Medical and sanitary report of the native army of Bengal for the year
Year: 1876
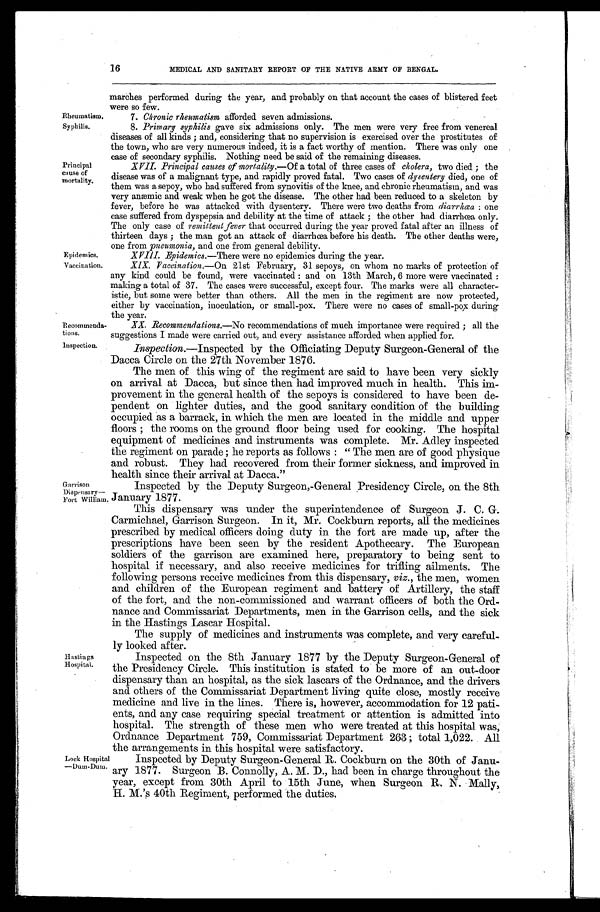
Rheumatism.
Syphilis.
Principal
cause of
mortality.
Epidemics.
Vaccination.
Recommenda-
tions.
16
MEDICAL AND SANITARY REPORT OF THE NATIVE ARMY OF BENGAL.
marches performed during the year, and probably on that account the cases of blistered feet
were so few.
7. Chronic rheumatism afforded seven admissions.
8.
Primary syphilis gave six admissions only. The men were very free from venereal
diseases of all kinds ; and, considering that no supervision is exercised over the prostitutes of
the town, who are very numerous indeed, it is a fact worthy of mention. There was only one
case of secondary syphilis. Nothing need be said of the remaining diseases.
XVII. Principal causes of mortality. —Of a total of three cases of cholera, two died ; the
disease was of a malignant type, and rapidly proved fatal. Two cases of dysentery died, one of
them was a sepoy, who had suffered from synovitis of the knee, and chronic rheumatism, and was
very anæmic and weak when he got the disease. The other had been reduced to a skeleton by
fever, before he was attacked with dysentery. There were two deaths from diarrhœa : one
case suffered from dyspepsia and debility at the time of attack ; the other had diarrhœa only.
The only case of remittent fever that occurred during the year proved fatal after an illness of
thirteen days ; the man got an attack of diarrhœa before his death. The other deaths were,
one from pneumonia, and one from general debility.
XVIII. Epidemics.—There were no epidemics during the year.
XIX. Vaccination.—On 21st February, 31 sepoys, on whom no marks of protection of
any kind could be found, were vaccinated : and on 13th March, 6 more were vaccinated
:
making a total of 37. The cases were successful, except four. The marks were all character-
istic, but some were better than others. All the men in the regiment are now protected,
either by vaccination, inoculation, or small-pox. There were no cases of smallpox during
the year.
XX. Recommendations.—No recommendations of much importance were required ; all the
suggestions I made were carried out, and every assistance afforded when applied for.
Inspection.
Inspection.—Inspected by the Officiating Deputy Surgeon-General of the
Dacca Circle on the 27th November 1876.
The men of this wing of the regiment are said to have been very sickly
on arrival at Dacca, but since then had improved much in health. This im-
-provement in the general health of the sepoys is considered to have been de
-pendent on lighter duties, and the good sanitary condition of the building
occupied as a barrack, in which the men are located in the middle and upper
floors ; the rooms on the ground floor being used for cooking. The hospital
equipment of medicines and instruments was complete. Mr. Adley inspected
the regiment on parade ; he reports as follows : "The men are of good physique
and robust. They had recovered from their former sickness, and improved in
health since their arrival at Dacca."
Garrison
Dispensary-Fort William.
Inspected by the Deputy Surgeon,-General Presidency Circle, on the 8th
January 1877.
This dispensary was under the superintendence of surgeon J. C. G.
Carmichael, Garrison Surgeon. In it, Mr. Cockburn reports, all the medicines
prescribed by medical officers doing duty in the fort are made up, after the
prescriptions have been seen by the resident Apothecary. The European
soldiers of the garrison are examined here, preparatory to being sent to
hospital if necessary, and also receive medicines for trifling ailments. The
following persons receive medicines from this dispensary, viz., the men, women
and children of the European regiment and battery of Artillery, the staff
of the fort, and the non-commissioned and warrant officers of both the Ord
-nance and Commissariat Departments, men in the Garrison cells, and the sick
in the Hastings Lascar Hospital.
The supply of medicines and instruments was complete, and very
careful-ly looked after.
Hastings
Hospital.
Lock Hospital
—Dum.Dum.
Inspected on the 8th January 1877 by the Deputy Surgeon-General of
the Presidency Circle. This institution is stated to be more of an out-door
dispensary than an hospital, as the sick lascars of the Ordnance, and the drivers
and others of the Commissariat Department living quite close, mostly receive
medicine and live in the lines. There is, however, accommodation for 12 pati
-ents, and any case requiring special treatment or attention is admitted into
hospital. The strength of these men who were treated at this hospital was,
Ordnance Department 759, Commissariat Department 263 ; total 1,022. All
the arrangements in this hospital were satisfactory.
Inspected by Deputy Surgeon-General R. Cockburn on the 30th of Janu-
ary 1877. Surgeon B. Connolly, A. M. D., had been in charge throughout the
year, except from 30th April to 15th June, when Surgeon R. N. Mally,
H. M.'s 40th Regiment, performed the duties.